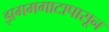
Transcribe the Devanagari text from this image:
झगमगाटापासून